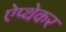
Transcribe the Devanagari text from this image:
ऐप्थेकर